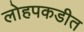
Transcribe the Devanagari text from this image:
लोहपकडीत